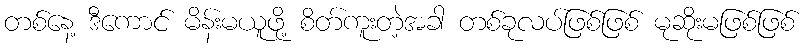
တစ်နေ့ ဒီကောင် မိန်းမယူဖို့ စိတ်ကူးတဲ့အခါ တစ်ခုလပ်ဖြစ်ဖြစ် မုဆိုးမဖြစ်ဖြစ်